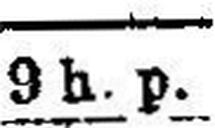
9 h. p.